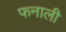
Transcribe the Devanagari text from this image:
फनाली